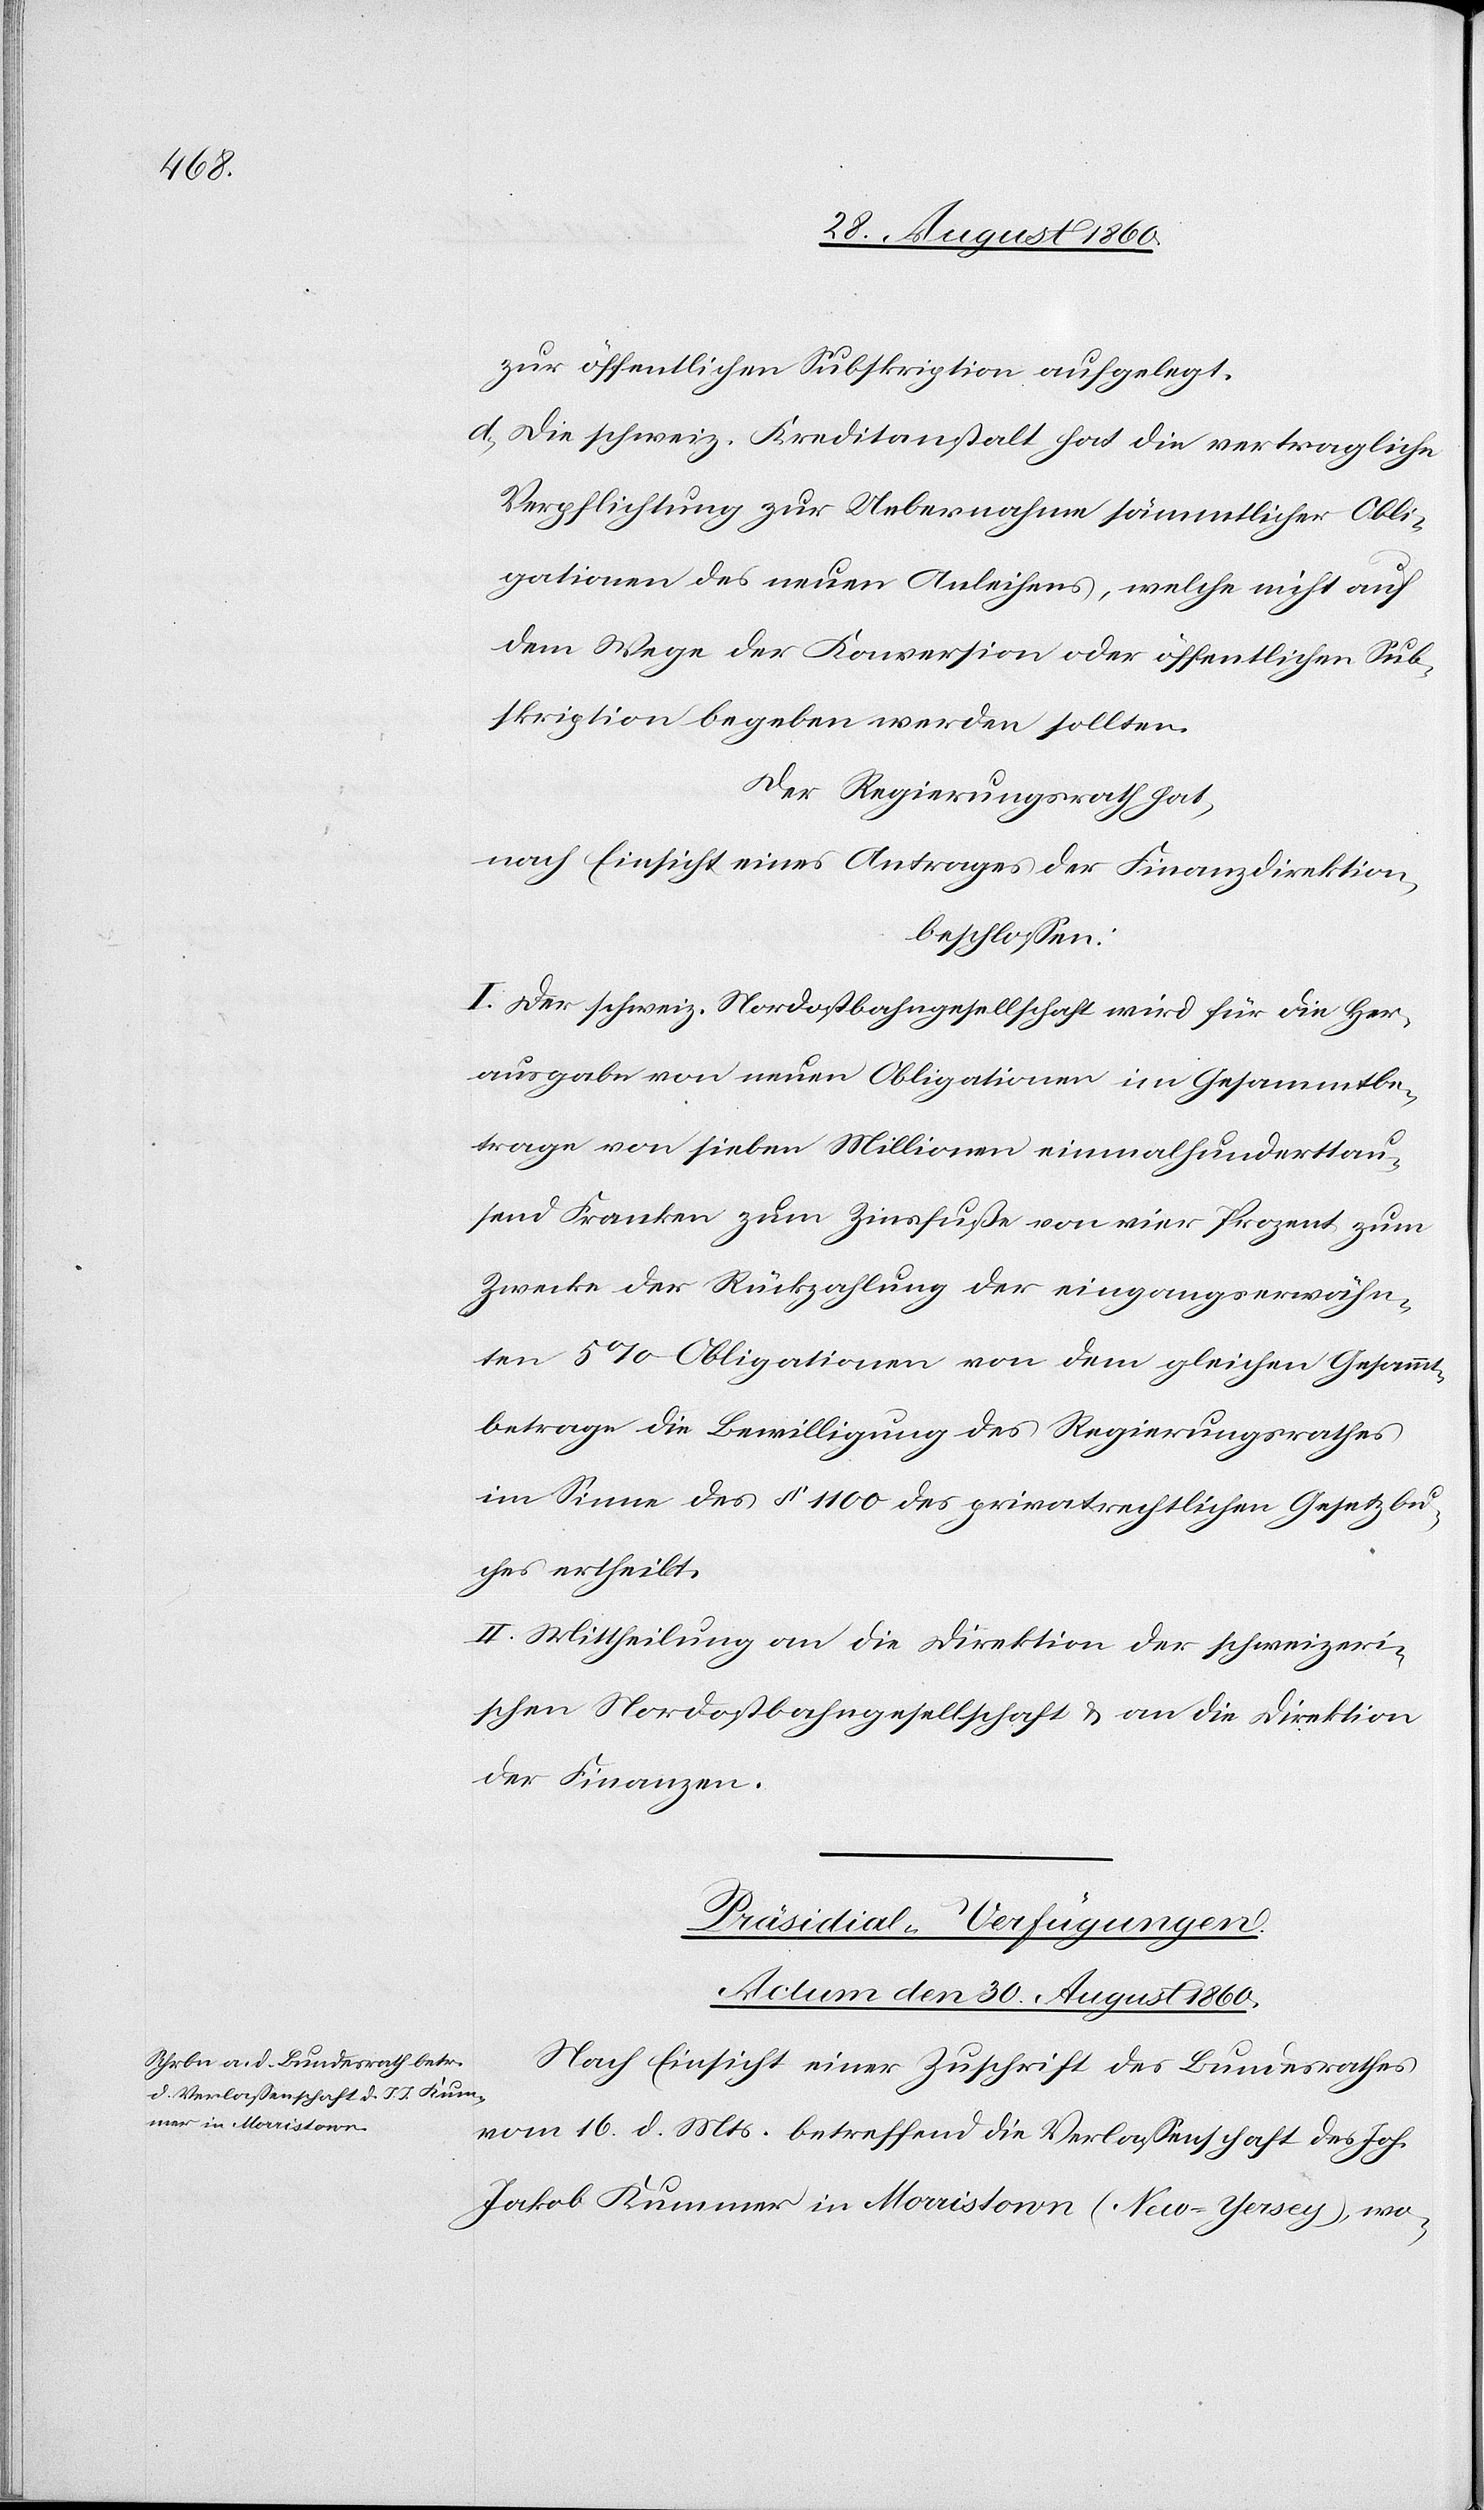
zur öffentlichen Subscription aufgelegt.
d) die schweiz. Creditanstalt hat die vertragliche
Verpflichtung zur Uebernahme sämmtlicher Obli¬
gationen des neuen Anleihens, welche nicht auf
dem Wege der Conversion der öffentlichen Sub¬
scription begeben werden sollten.
Der Regierungsrath hat,
nach Einsicht eines Antrage der Finanzdirektion,
beschlossen:
I. Der schweiz. Nordstobahngesellschaft wird für die Her¬
ausgabe von neuen Obligationen im Gesammtbe¬
trage von sieben Millionen einmal hunderttau¬
send Franken zum Zinsflusse von vier Prozent zum
Zwecke der Rückzahlung der eingangserwähn¬
ten 5% Obligationen von dem gleichen Gesammt¬
betrage die Bewilligung des Regierungsrathes
im Sinne des §. 1100 des privatrechtl. Gesetzbu¬
ches ertheilt.
II. Mittheilung an die Direktion der schweizeri¬
schen Nordostbahngesellschaft u. an die Direktion
der Finanzen.
Praesidial-Verfügungen.
Actum den 30. August 1860.
Nach Einsicht einer Zuschrift des Bundesrathes
vom 16. d. Mts. betreffend die Verlassenschaft des Joh.
Jakob Kummer in Morristown (New-Yersey), wo-